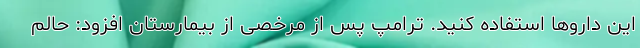
این داروها استفاده کنید. ترامپ پس از مرخصی از بیمارستان افزود: حالم